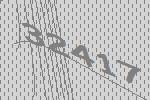
32417